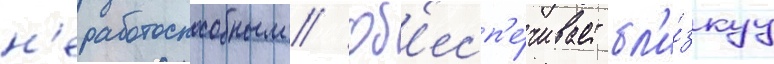
н'еработоспособным // Об'есп'е́чивает бл'и́зкуу